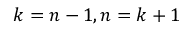
k = n - 1 , n = k + 1